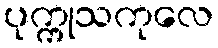
ပုက္ကုသကုလေ